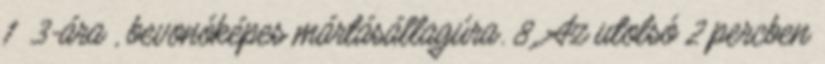
1 3-ára , bevonóképes mártásállagúra. 8. Az utolsó 2 percben